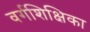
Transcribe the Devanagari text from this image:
वर्गशिक्षिका